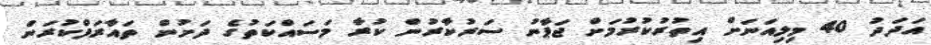
އަދަދު 40 މިލިއަނަށް އިތުރުކުރުމަށް ޖަޕާނު ސަރުކާރުން ކުރާ މަސައްކަތުގެ ދަށުން ތައާރަފްކުރަން